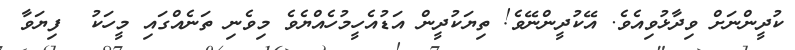
ކުދީންނަށް ވިދާޅުވިއެވެ. އޭކުދީންނޭވެ! ތިޔަކުދީން އަޑުއެހީމުހެއްޔެވެ މިވެނި ތަނެއްގައި މީހަކު  ފިޔަވާ